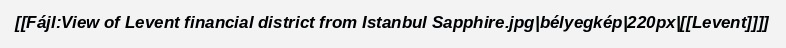
[[Fájl:View of Levent financial district from Istanbul Sapphire.jpg|bélyegkép|220px|[[Levent]]]]